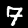
Digit: 7